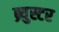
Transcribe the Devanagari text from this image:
ब्र्युस्टर